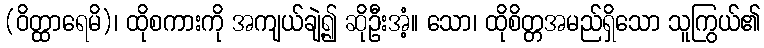
(ဝိတ္ထာရေမိ)၊ ထိုစကားကို အကျယ်ချဲ့၍ ဆိုဦးအံ့။ သော၊ ထိုစိတ္တအမည်ရှိသော သူကြွယ်၏